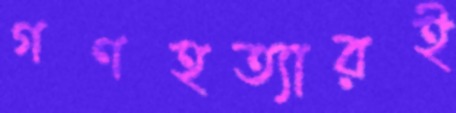
গণহত্যারই